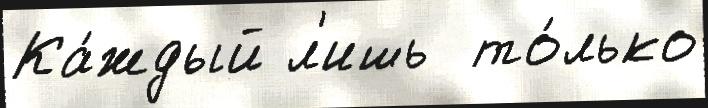
Ка́ждый л'ишь  то́лько